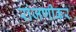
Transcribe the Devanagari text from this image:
रांजणीकर